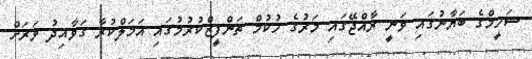
ޝަހީމްގެ ބަޔާނުގައި ވަނީ ރާއްޖޭގައި މަރުގެ ހުކުމް ތަންފީޒްކުރުމުގައި އަމަލްކުރާ ގަވާއިދު ވަރަށް